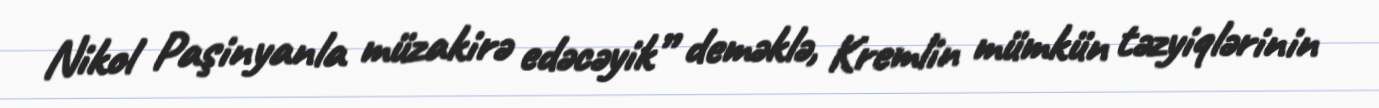
Nikol Paşinyanla müzakirə edəcəyik” deməklə, Kremlin mümkün təzyiqlərinin